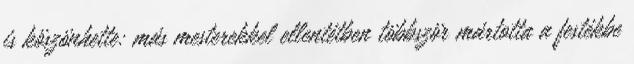
is köszönhette: más mesterekkel ellentétben többször mártotta a festékbe